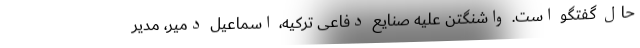
حال گفتگو است. واشنگتن علیه صنایع دفاعی ترکیه، اسماعیل دمیر، مدیر